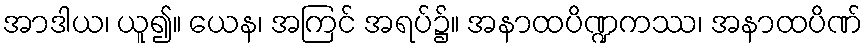
အာဒါယ၊ ယူ၍။ ယေန၊ အကြင် အရပ်၌။ အနာထပိဏ္ဍကဿ၊ အနာထပိဏ်